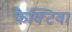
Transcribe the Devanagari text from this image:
फ़ैक्टिवा